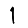
Digit: 1